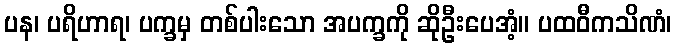
ပန၊ ပရိဟာရ၊ ပက္ခမှ တစ်ပါးသော အပက္ခကို ဆိုဦးပေအံ့။ ပထဝီကသိဏံ၊